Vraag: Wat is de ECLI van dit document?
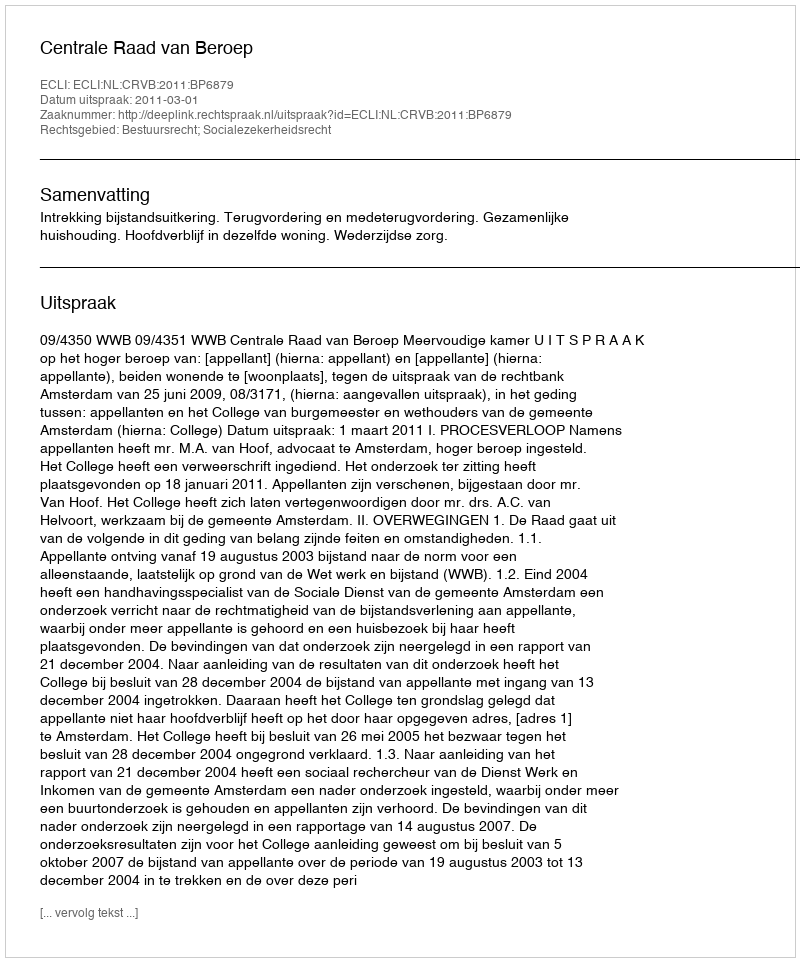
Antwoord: ECLI:NL:CRVB:2011:BP6879